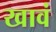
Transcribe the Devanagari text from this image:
खावं